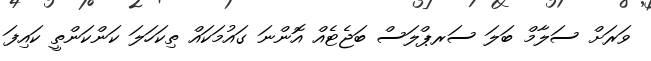
ވަރަށް ސަލާމް ބަލަ ސަރޕްލަސް ބަޖެޓެއް އޮންނަ ގައުމަކައް ތިކަހަލަ ކަންކަންތީ ކައިފަ